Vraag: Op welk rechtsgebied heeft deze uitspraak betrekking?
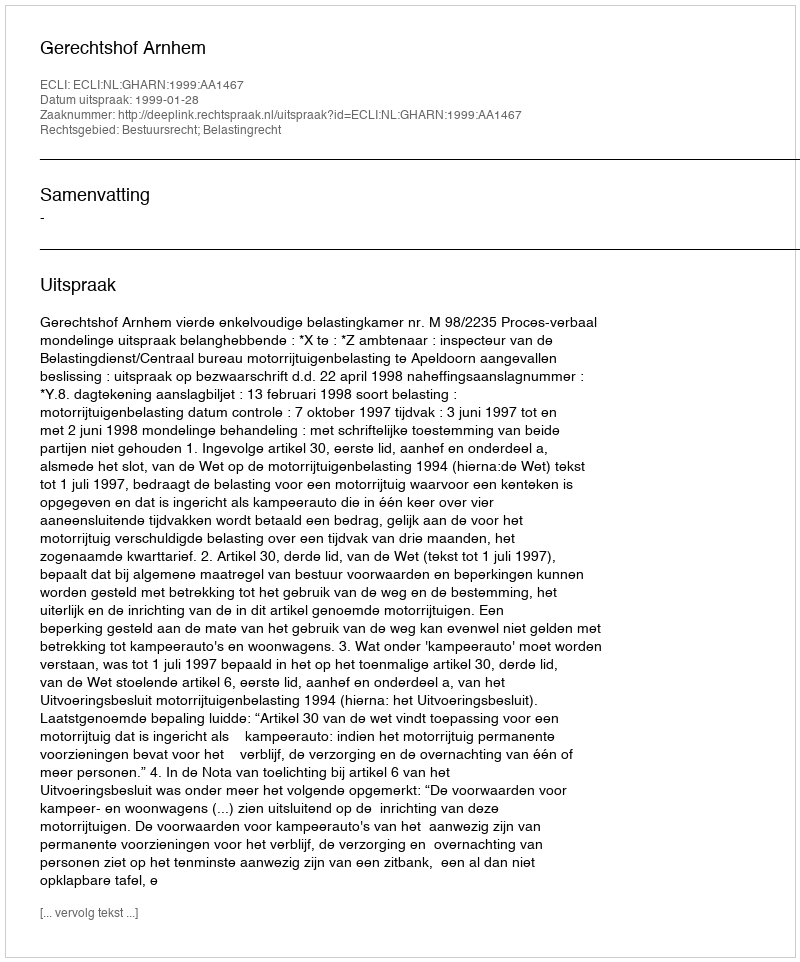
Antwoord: Bestuursrecht; Belastingrecht